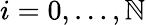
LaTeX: i=0,\dots,\mathbb{N}